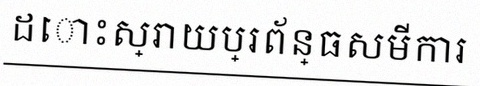
ដោះស្រាយប្រព័ន្ធសមីការ